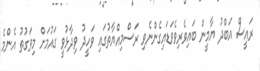
ރައީސް އަބްދު ޔާމީން ބައިވެރިވެވަޑައިގެންނެވި ރަސްމިއްޔާތުގައި ވަހީދު ވިދާޅުވީ ގައުމަށް މިވަގުތު އެންމެ